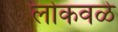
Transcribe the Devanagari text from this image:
लोकवळे